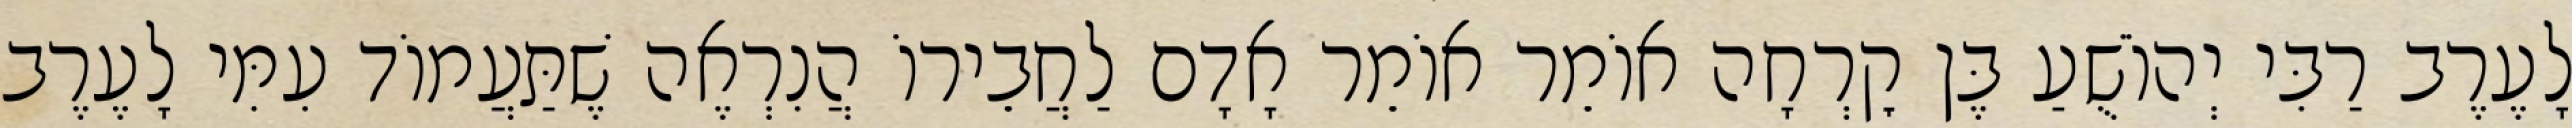
לָעֶרֶב רַבִּי יְהוֹשֻׁעַ בֶּן קׇרְחָה אוֹמֵר אוֹמֵר אָדָם לַחֲבֵירוֹ הֲנִרְאֶה שֶׁתַּעֲמוֹד עִמִּי לָעֶרֶב